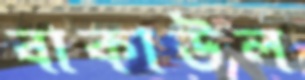
বাকাউল